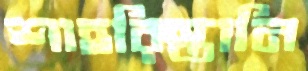
শাহরিস্তানি